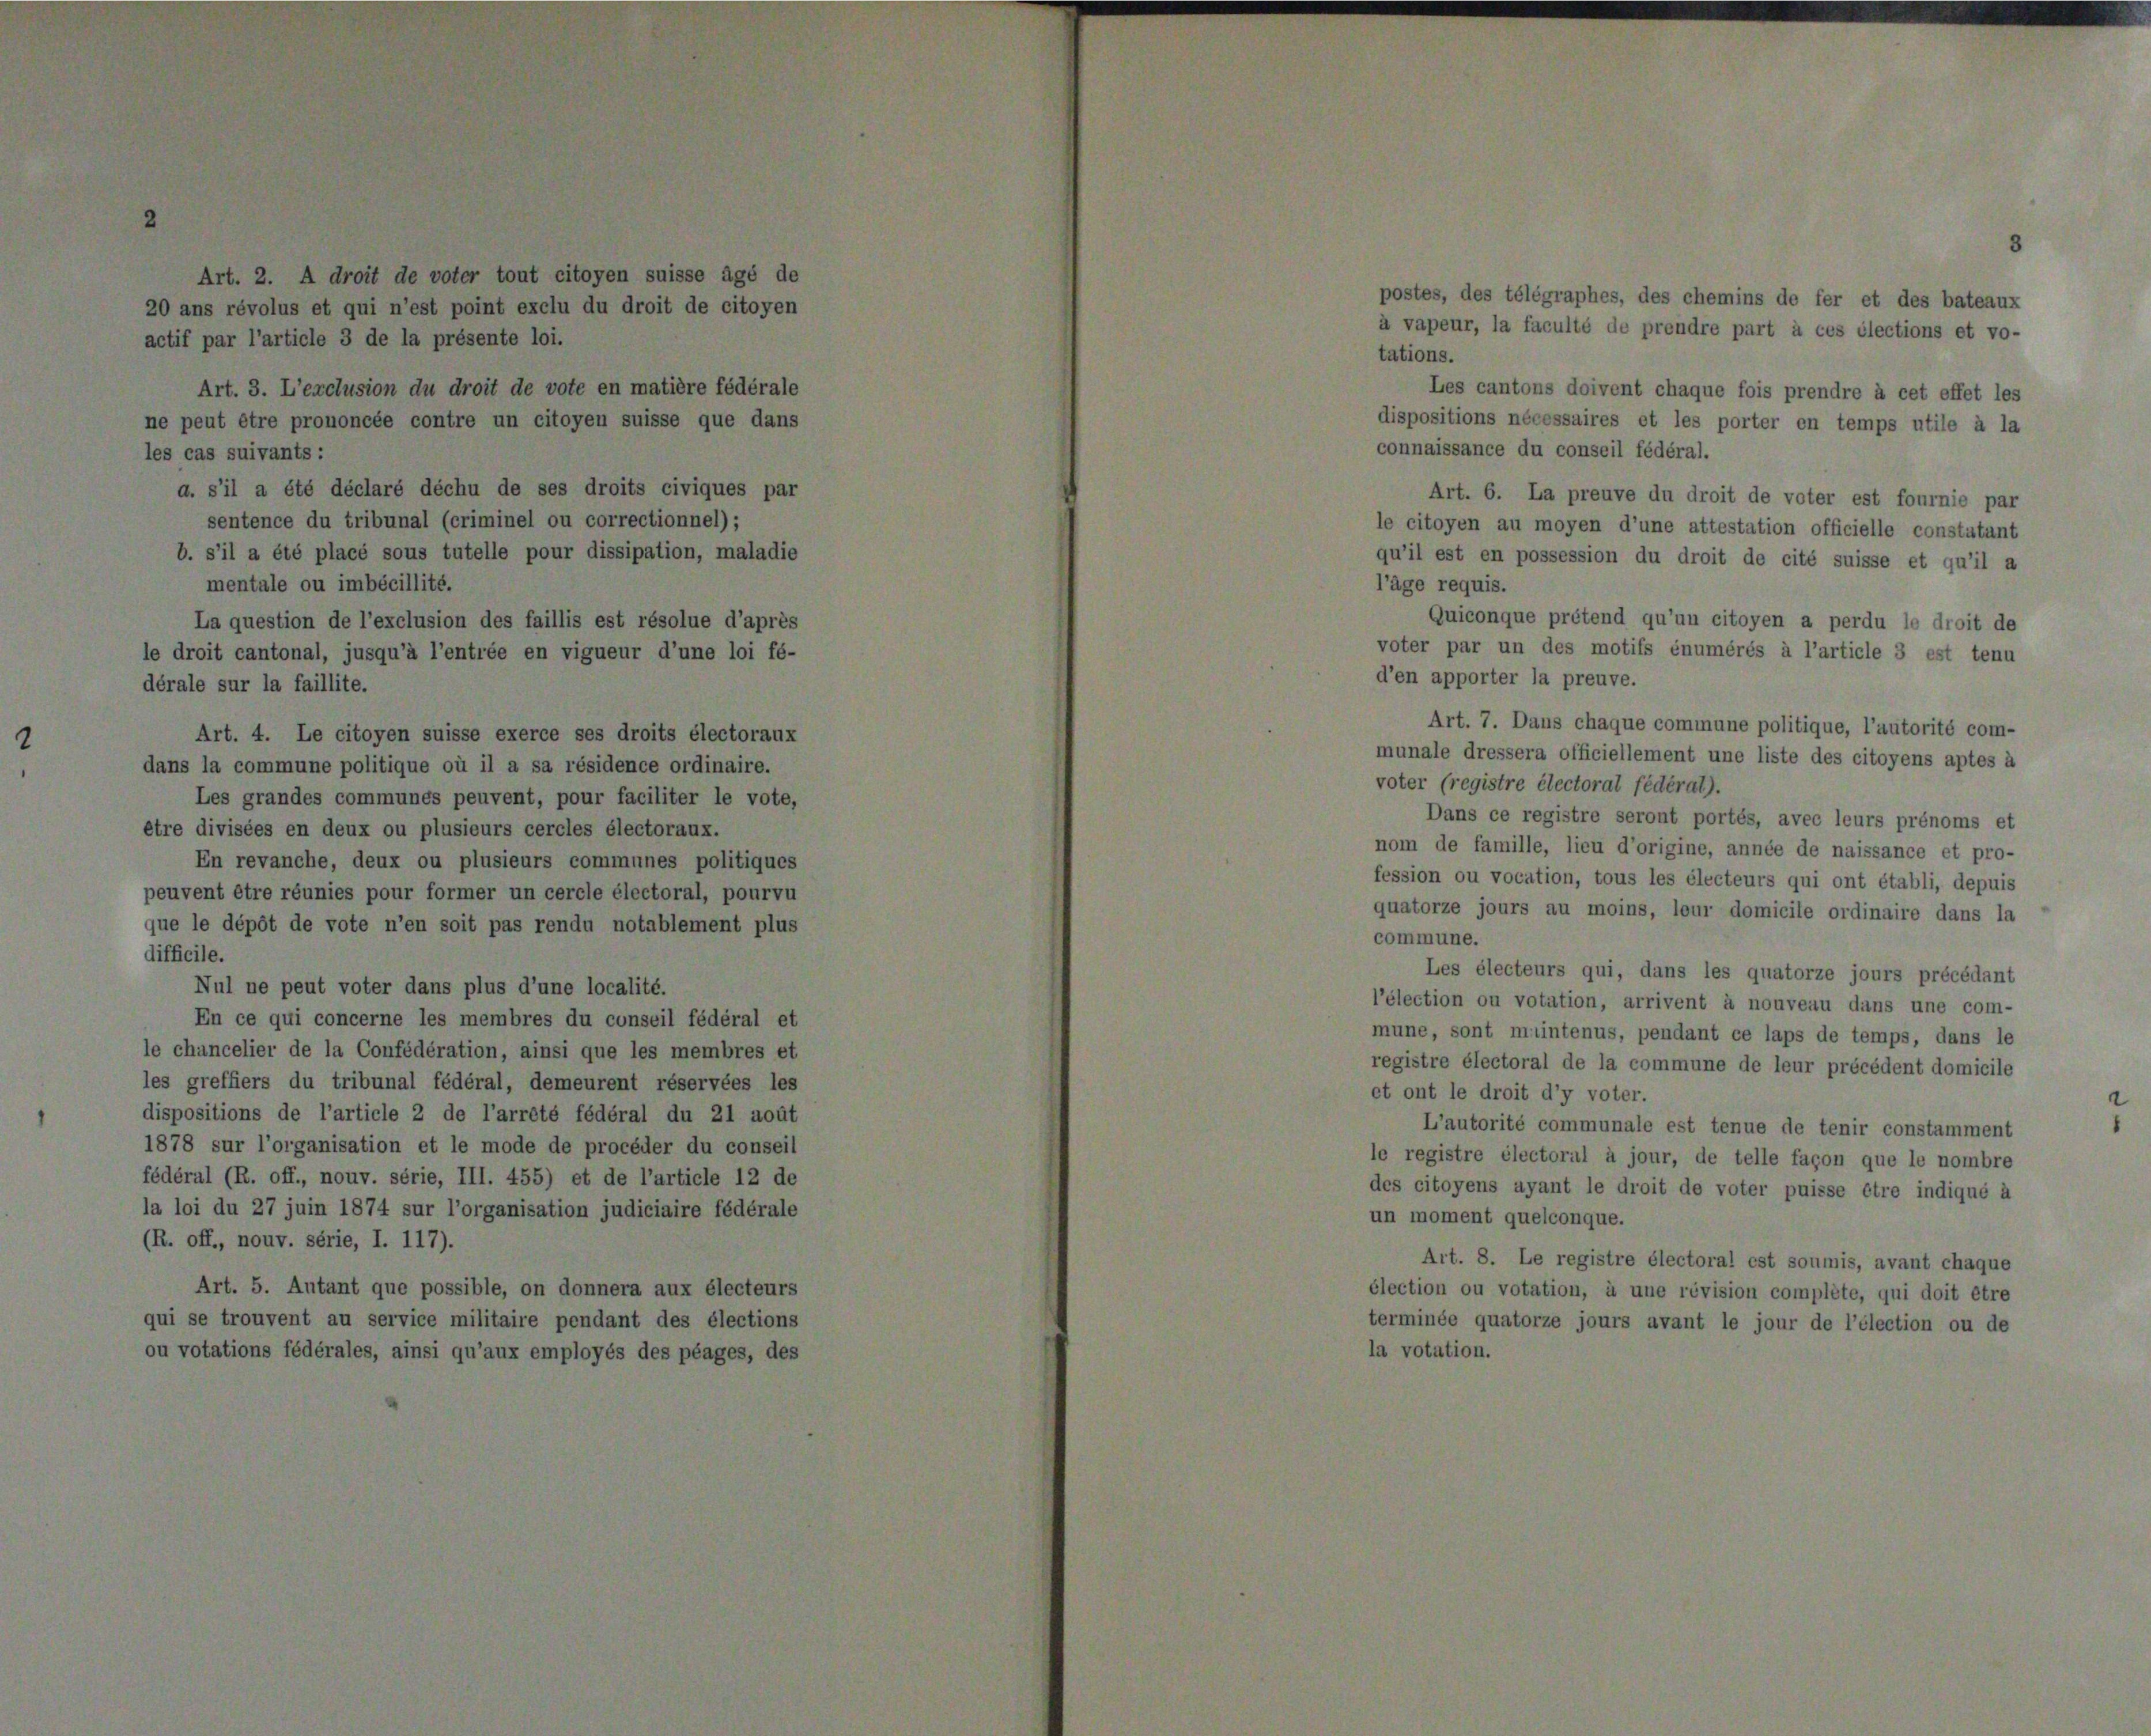
n

t que possible,
 service milita

es

de

es mot

ifs e